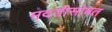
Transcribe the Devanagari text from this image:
मदतीसोबत